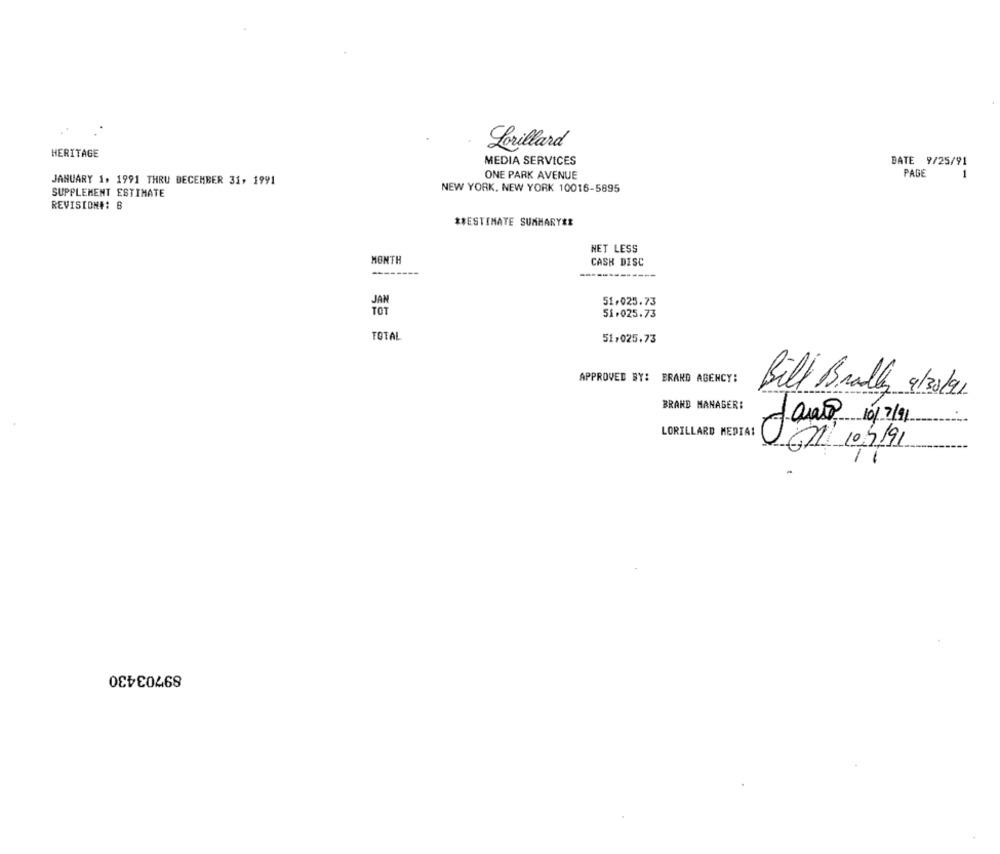
Lorillard
HERITAGE
MEDIA SERVICES
DATE 9/25/91
PAGE
JANUARY 1, 1991 THRU DECEMBER 31, 1991
ONE PARK AVENUE
-
NEW YORK, NEW YORK 10016-5895
SUPPLEMENT ESTIMATE
REVISION## 8
** ESTIMATE SUMMARY **
NET LESS
MONTH
CASH DISC
----------
51.025.73
TOT
51.025.73
TOTAL
51,025.73
APPROVED BY: BRARD AGENCY:
Bill Bradley 9/30/1
BRAND MANAGER:
tanto 10/7/11
LORILLARD MEDIA: 01/ 10/3/91
11
89703430